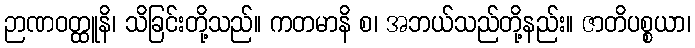
ဉာဏဝတ္ထူနိ၊ သိခြင်းတို့သည်။ ကတမာနိ စ၊ အဘယ်သည်တို့နည်း။ ဇာတိပစ္စယာ၊